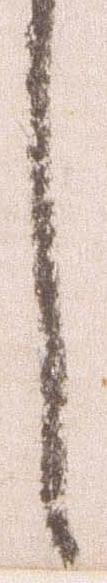
し